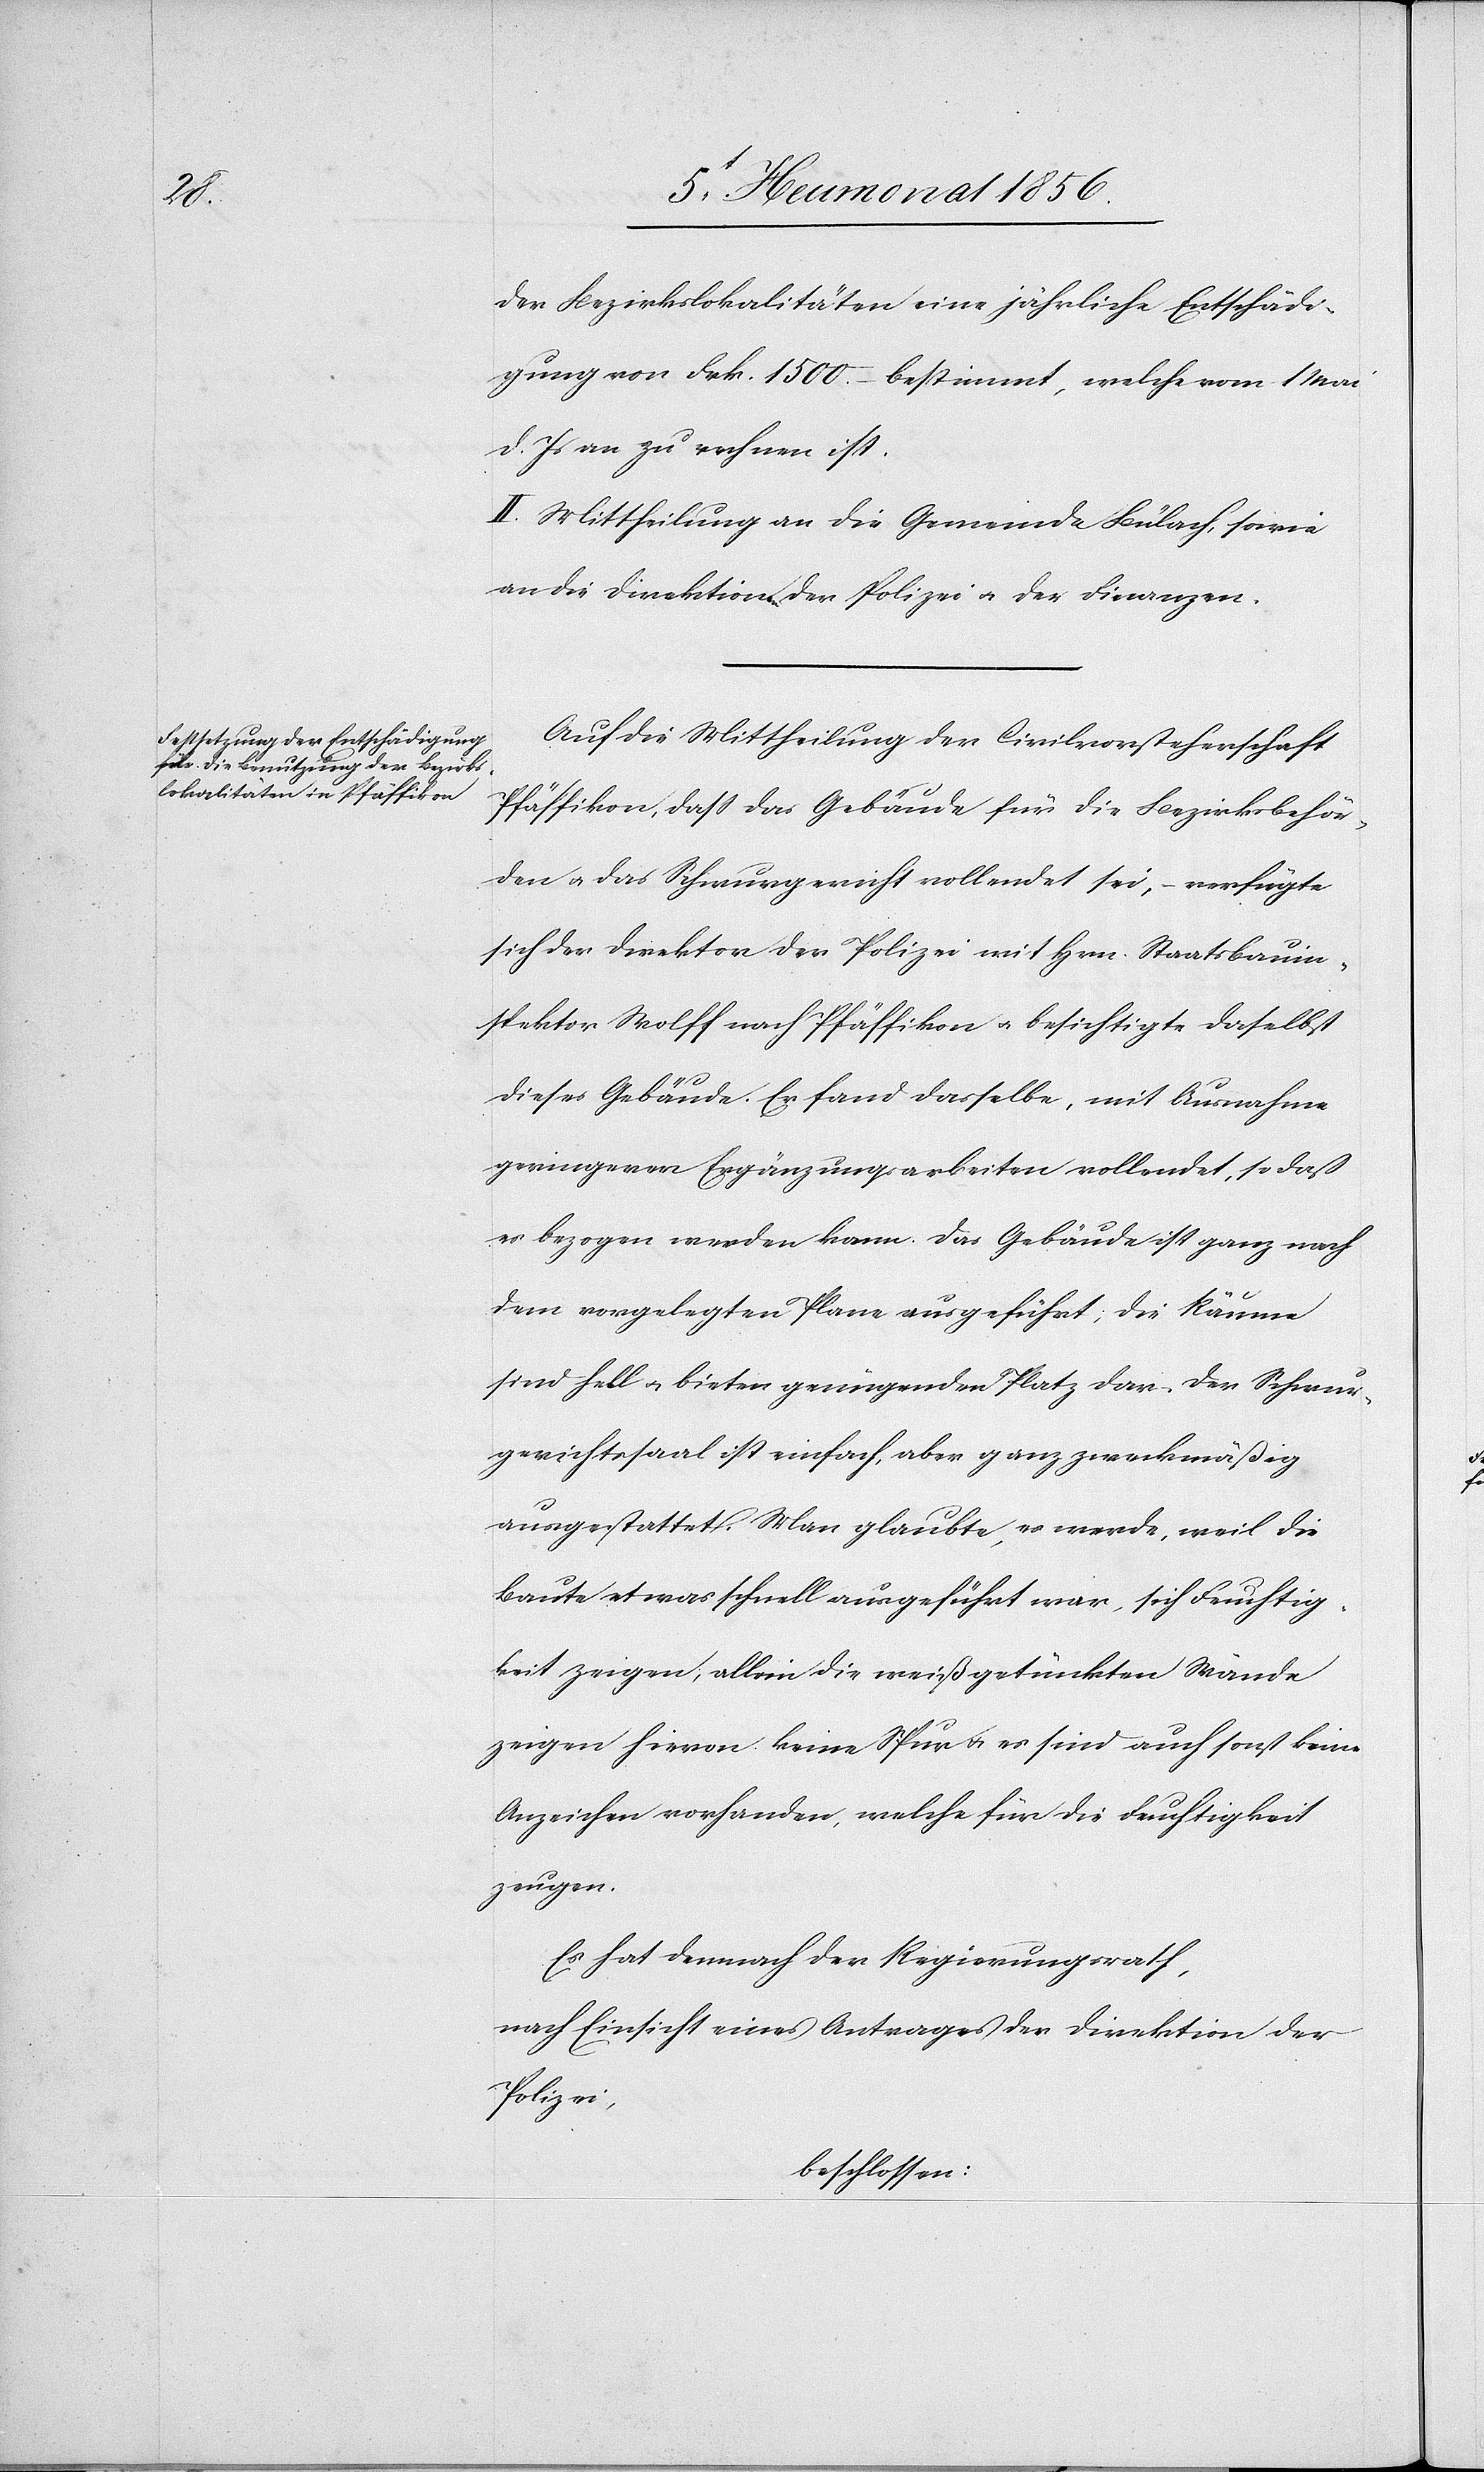
der Bezirkslokalitäten eine jährliche Entschädi¬
gung von Frk. 1500.– bestimmt, welche vom 1 Mai
d. Js an zu rechnen ist.
II. Mittheilung an die Gemeinde Bülach, sowie
an die Direktionen der Polizei u. der Finanzen.
Auf die Mittheilung der Civilvorsteherschaft
Pfäffikon, dass das Gebäude für die Bezirksbehör¬
den u. das Schwurgericht vollendet sei, – verfügte
sich der Direktor der Polizei mit Hrn. Staatsbauin¬
spektor Wolff nach Pfäffikon u. besichtigte daselbst
dieses Gebäude. Er fand dasselbe, mit Ausnahme
geringerer Ergänzungsarbeiten vollendet, so daß
es bezogen werden kann. Das Gebäude ist ganz nach
dem vorgelegten Plane ausgeführt; die Räume
sind hell u. bieten genügenden Platz dar. Der Schwur¬
gerichtssaal ist einfach, aber ganz zweckmäßig
ausgestattet. Man glaubte, es werde, weil die
Baute etwas schnell ausgeführt war, sich Feuchtig¬
keit zeigen, allein die weißgetünkten Wände
zeigen hievon keine Spur u. es sind auch sonst keine
Anzeichen vorhanden, welche für die Feuchtigkeit
zeugen.
Es hat demnach der Regierungsrath,
nach Einsicht eines Antrages der Direktion der
Polizei,
beschlossen: